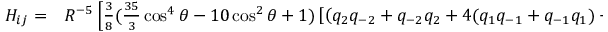
\begin{array} { r l } { H _ { i j } = } & { { } R ^ { - 5 } \left[ \frac { 3 } { 8 } ( \frac { 3 5 } { 3 } \cos ^ { 4 } \theta - 1 0 \cos ^ { 2 } \theta + 1 ) \left[ \left( q _ { 2 } q _ { - 2 } + q _ { - 2 } q _ { 2 } + 4 ( q _ { 1 } q _ { - 1 } + q _ { - 1 } q _ { 1 } ) + 6 q _ { 0 } q _ { 0 } \right) \right] \right] . } \end{array}